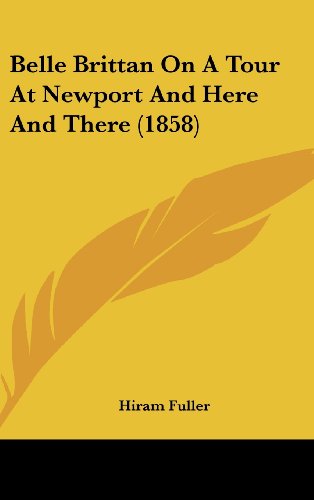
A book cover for Belle Brittan On A Tour At Newport And Here And There (1858); Hiram Fuller; Travel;